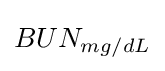
BUN_{mg/dL}